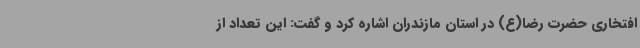
افتخاری حضرت رضا(ع) در استان مازندران اشاره کرد و گفت: این تعداد از